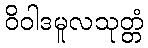
ဝိဝါဒမူလသုတ္တံ